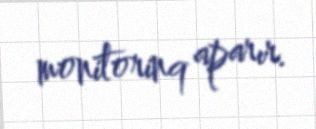
monitorinq aparır.